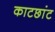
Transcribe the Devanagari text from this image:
काटछांट